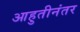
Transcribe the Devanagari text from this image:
आहुतीनंतर